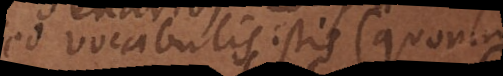
sed vocabulis istis (quorum